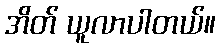
အိတ် ယူလာပါတယ်။